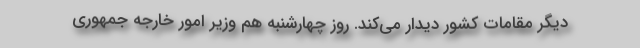
دیگر مقامات کشور دیدار می‌کند. روز چهارشنبه هم وزیر امور خارجه جمهوری